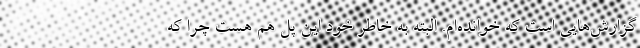
گزارش‌هایی است که خوانده‌ام. البته به خاطر خود این پل هم هست چرا که